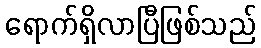
ရောက်ရှိလာပြီဖြစ်သည်